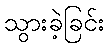
သွားခဲ့ခြင်း